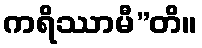
ကရိဿာမီ”တိ။